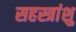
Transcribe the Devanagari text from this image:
सहस्त्रांशु